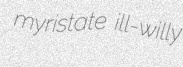
myristate ill-willy